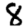
Digit: 8